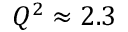
Q ^ { 2 } \approx 2 . 3